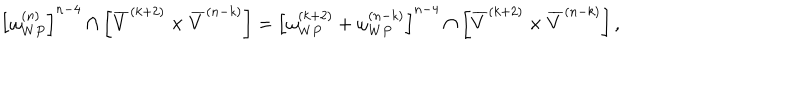
LaTeX: \left[ \omega _ { W P } ^ { ( n ) } \right] ^ { n - 4 } \cap \left[ \overline { { V } } ^ { ( k + 2 ) } \times \overline { { V } } ^ { ( n - k ) } \right] = \left[ \omega _ { W P } ^ { ( k + 2 ) } + \omega _ { W P } ^ { ( n - k ) } \right] ^ { n - 4 } \cap \left[ \overline { { V } } ^ { ( k + 2 ) } \times \overline { { V } } ^ { ( n - k ) } \right] ,